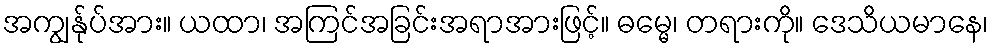
အကျွန်ုပ်အား။ ယထာ၊ အကြင်အခြင်းအရာအားဖြင့်။ ဓမ္မေ၊ တရားကို။ ဒေသိယမာနေ၊